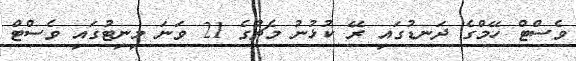
ވެސްޓް ހޭމްގެ ދަނޑުގައި ރޭ ކުޅުނު މެޗުގެ 21 ވަނަ މިނިޓުގައި ވެސްޓް